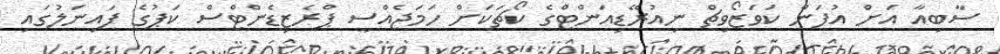
ސާބިއާ އަށް އުފަން ކަވަޒޯވިޗް ނިއުރޭޑިއަންޓްގެ ކޯޗަކަށް ހަމަޖެއްސީ ޕްރެޒިޑެންޓްސް ކަޕުގެ ފައިނަލުގައި